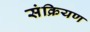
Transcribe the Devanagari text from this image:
संक्रियण